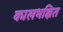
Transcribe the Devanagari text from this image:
कालभक्षित